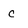
Character: C